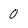
Character: 0